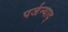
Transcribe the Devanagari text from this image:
पर्जन्याद्‌